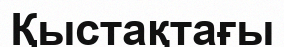
Қыстақтағы